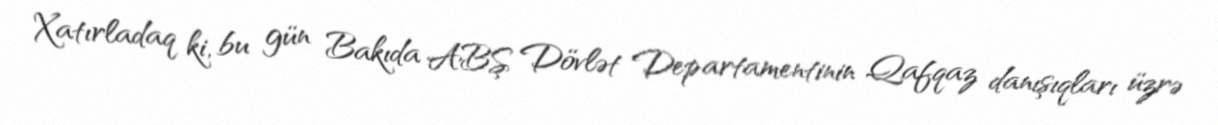
Xatırladaq ki, bu gün Bakıda ABŞ Dövlət Departamentinin Qafqaz danışıqları üzrə